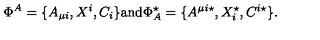
\Phi ^ { A } = \{ A _ { \mu i } , X ^ { i } , C _ { i } \} \mathrm { a n d } \Phi _ { A } ^ { \star } = \{ A ^ { \mu i \star } , X _ { i } ^ { \star } , C ^ { i \star } \} .